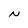
Character: N